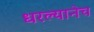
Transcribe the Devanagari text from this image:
धरल्यानेच